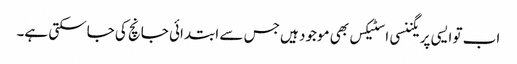
اب تو ایسی پریگننسی ا سٹیکس بھی موجود ہیں جس سے ابتدائی جانچ کی جاسکتی ہے۔